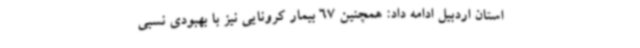
استان اردبیل ادامه داد: همچنین 67 بیمار کرونایی نیز با بهبودی نسبی